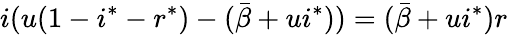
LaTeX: i(u(1-i^{*}-r^{*})-(\bar{\beta}+ui^{*}))=(\bar{\beta}+ui^{*})r